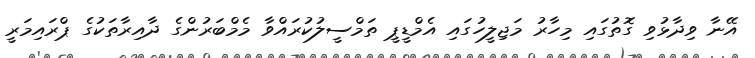
އޭނާ ވިދާޅުވި ގޮތުގައި މިހާރު މަޖިލީހުގައި އެމްޑީޕީ ތަމްސީލުކުރައްވާ މެމްބަރުންގެ ދާއިރާތަކުގެ ޕްރައިމަރީ